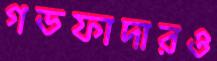
গডফাদারও